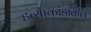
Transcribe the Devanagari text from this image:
हत्याकांडातील